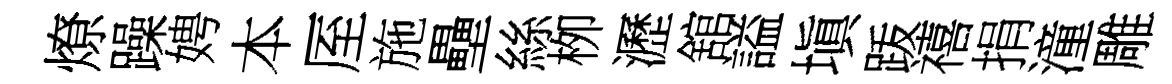
燎躁娉本厔施壘絲栁瀝舘謚塡䟦禧捐潼雕